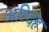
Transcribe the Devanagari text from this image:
अरिदह